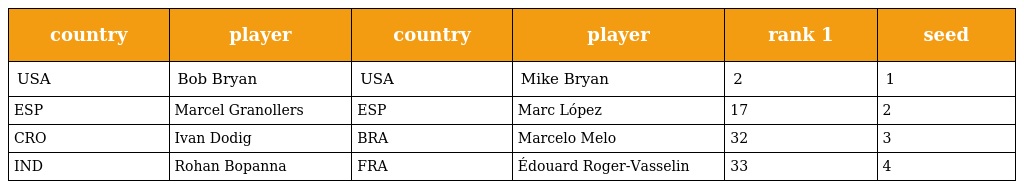
| country | player | country | player | rank 1 | seed |
 | --- | --- | --- | --- | --- | --- |
 | USA | Bob Bryan | USA | Mike Bryan | 2 | 1 |
 | ESP | Marcel Granollers | ESP | Marc López | 17 | 2 |
 | CRO | Ivan Dodig | BRA | Marcelo Melo | 32 | 3 |
 | IND | Rohan Bopanna | FRA | Édouard Roger-Vasselin | 33 | 4 |